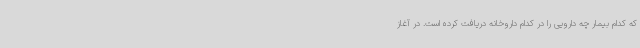
که کدام بیمار چه دارویی را در کدام داروخانه دریافت کرده است. در آغاز